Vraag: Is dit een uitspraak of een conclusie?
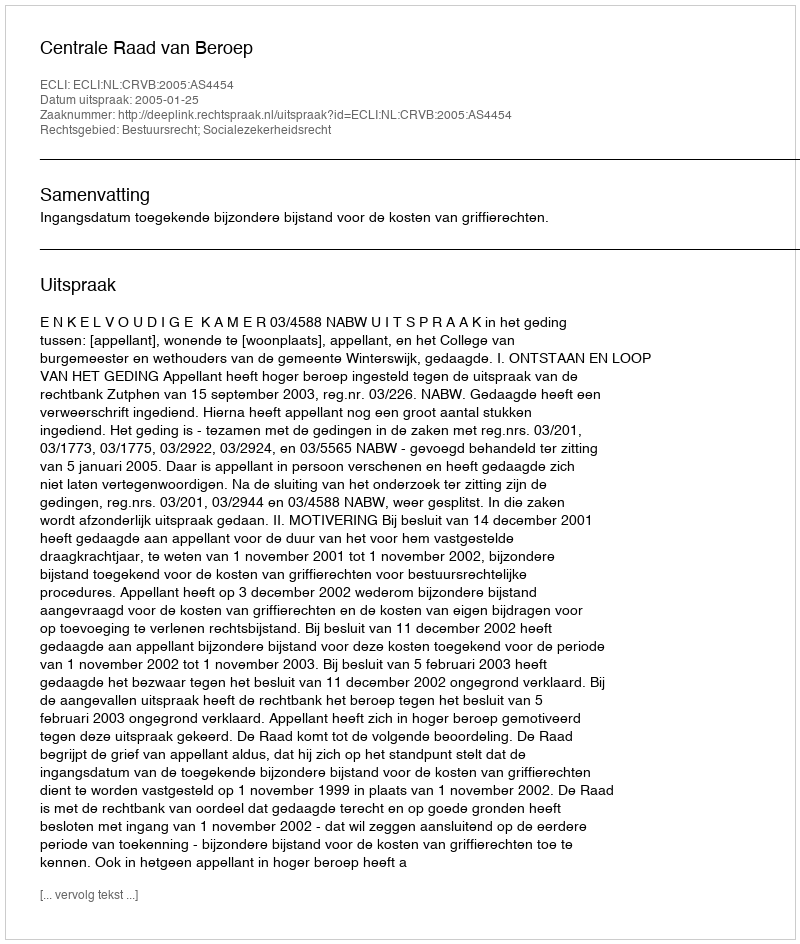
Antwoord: Uitspraak